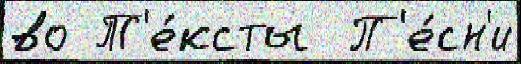
во Т'е́ксты  П'е́сн'и